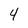
Character: 4